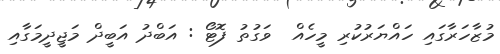
މުޒާހަރާގައި ހައްޔަރުކުރި މީހެއް  ވަގުތު ފޮޓޯ : އަބްދު އަބީދް މަޖީދީމަގާއި